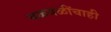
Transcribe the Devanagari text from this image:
चळवळींचाही